Vaccination North-Western Provinces and Oudh 1896-1901 - 1896-1901
Year: 1896
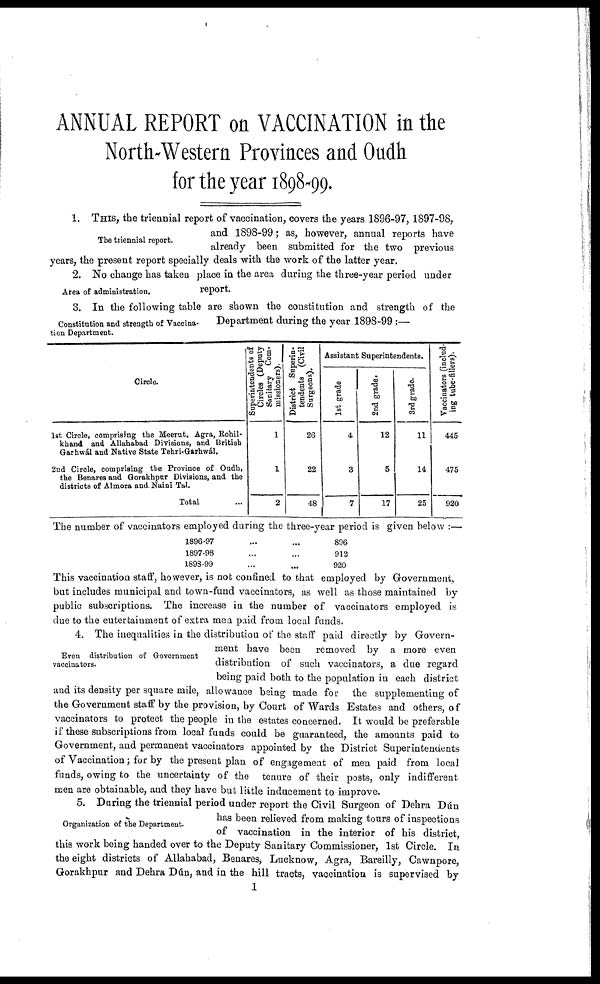
ANNUAL REPORT on VACCINATION in the
North-Western Provinces and Oudh
for the year 1898-99.
The triennial report.
1. THIS, the triennial report of vaccination, covers the years 1896-97, 1897-98,
and 1898-99; as, however, annual reports have
already been submitted for the two previous
years, the present report specially deals with the work of the latter year.
Area of administration.
2. No change has taken place in the area during the three-year period under
report.
Constitution and strength of Vaccina-
tion Department.
3. In the following table are shown the constitution and strength of the
Department during the year 1898-99 :—
Circle.
1st Circle, comprising the Meerut, Agra, Rohil-
khand and Allahabad Divisions, and British
Garhwál and Native State Tehri-Garhwál.
2nd Circle, comprising the Province of Oudh,
the Benares and Gorakhpur Divisions, and the
districts of Almora and. Naini Tal.
Total ...
Superintendents of
Circles (Deputy
Sanitary Com-
missioners).
1
1
2
District Superin-
tendents (Civil
Surgeons).
26
22
48
Assistant Superintendents.
1st grade
4
3
7
2nd grade.
12
5
17
3rd grade.
11
14
25
Vaccinators (includ
ing tube-fillers).
445
475
920
The number of vaccinators employed during the three-year period is given below :—
1896-97 ... ...
1897-98 ... ...
1898-99 ... ...
896
912
920
This vaccination staff, however, is not confined to that employed by Government,
but includes municipal and town-fund vaccinators, as well as those maintained by
public subscriptions. The increase in the number of vaccinators employed is
due to the entertainment of extra men paid from local funds.
Even distribution of Government
vaccinators.
4. The inequalities in the distribution of the staff paid directly by Govern-
ment have been
removed by a more even
distribution of such vaccinators, a due regard
being paid both to the population in each district
and its density per square mile, allowance being made for the supplementing of
the Government staff by the provision, by Court of Wards Estates and others, of
vaccinators to protect the people in the estates concerned. It would be preferable
if these subscriptions from local funds could be guaranteed, the amounts paid to
Government, and permanent vaccinators appointed by the District Superintendents
of Vaccination; for by the present plan of engagement of men paid from local
funds, owing to the uncertainty of the tenure of their posts, only indifferent
men are obtainable, and they have but little inducement to improve.
Organization of the Department.
5. During the triennial period under report the Civil Surgeon of Dehra Dún
has been relieved from making tours of inspections
of vaccination in the interior of his district,
this work being handed over to the Deputy Sanitary Commissioner, 1st Circle. In
the eight districts of Allahabad, Benares, Lucknow, Agra, Bareilly, Cawnpore,
Gorakhpur and Dehra Dún, and in the hill tracts, vaccination is supervised by
1